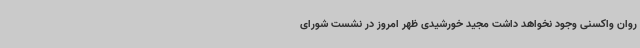
روان واکسنی وجود نخواهد داشت مجید خورشیدی ظهر امروز در نشست شورای